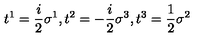
t ^ { 1 } = \frac { i } { 2 } \sigma ^ { 1 } , t ^ { 2 } = - \frac { i } { 2 } \sigma ^ { 3 } , t ^ { 3 } = \frac { 1 } { 2 } \sigma ^ { 2 }